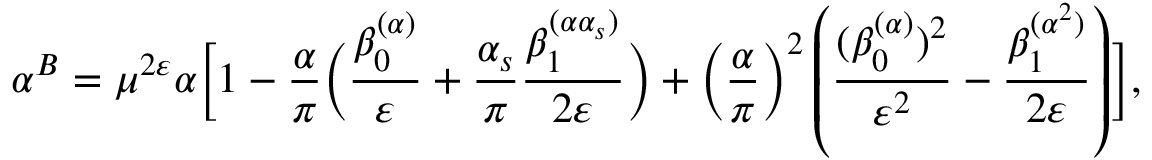
\alpha ^ { B } = \mu ^ { 2 \varepsilon } \alpha \biggl [ 1 - \frac { \alpha } { \pi } \biggl ( \frac { \beta _ { 0 } ^ { ( \alpha ) } } { \varepsilon } + \frac { \alpha _ { s } } { \pi } \frac { \beta _ { 1 } ^ { ( \alpha \alpha _ { s } ) } } { 2 \varepsilon } \biggr ) + \left( \frac { \alpha } { \pi } \right) ^ { 2 } \left( \frac { ( \beta _ { 0 } ^ { ( \alpha ) } ) ^ { 2 } } { \varepsilon ^ { 2 } } - \frac { \beta _ { 1 } ^ { ( \alpha ^ { 2 } ) } } { 2 \varepsilon } \right) \biggr ] ,